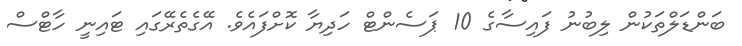
ބަންޑަލްތަކުން ލިބުނު ފައިސާގެ 10 ޕަސެންޓް ހަދިޔާ ކޮށްފައެވެ. އޭގެތެރޭގައި ޓައިނީ ހާޓްސް